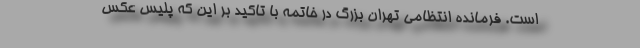
است. فرمانده انتظامی تهران بزرگ در خاتمه با تاکید بر این که پلیس عکس